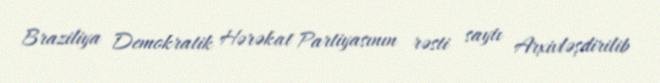
Braziliya Demokratik Hərəkat Partiyasının rəsti saytı Arxivləşdirilib